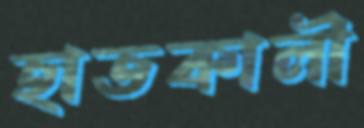
হাতকালী